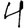
Digit: 4